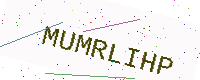
Text: MUMRLIHP